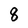
Character: 8